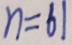
n = 6 1